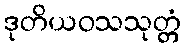
ဒုတိယဝသသုတ္တံ